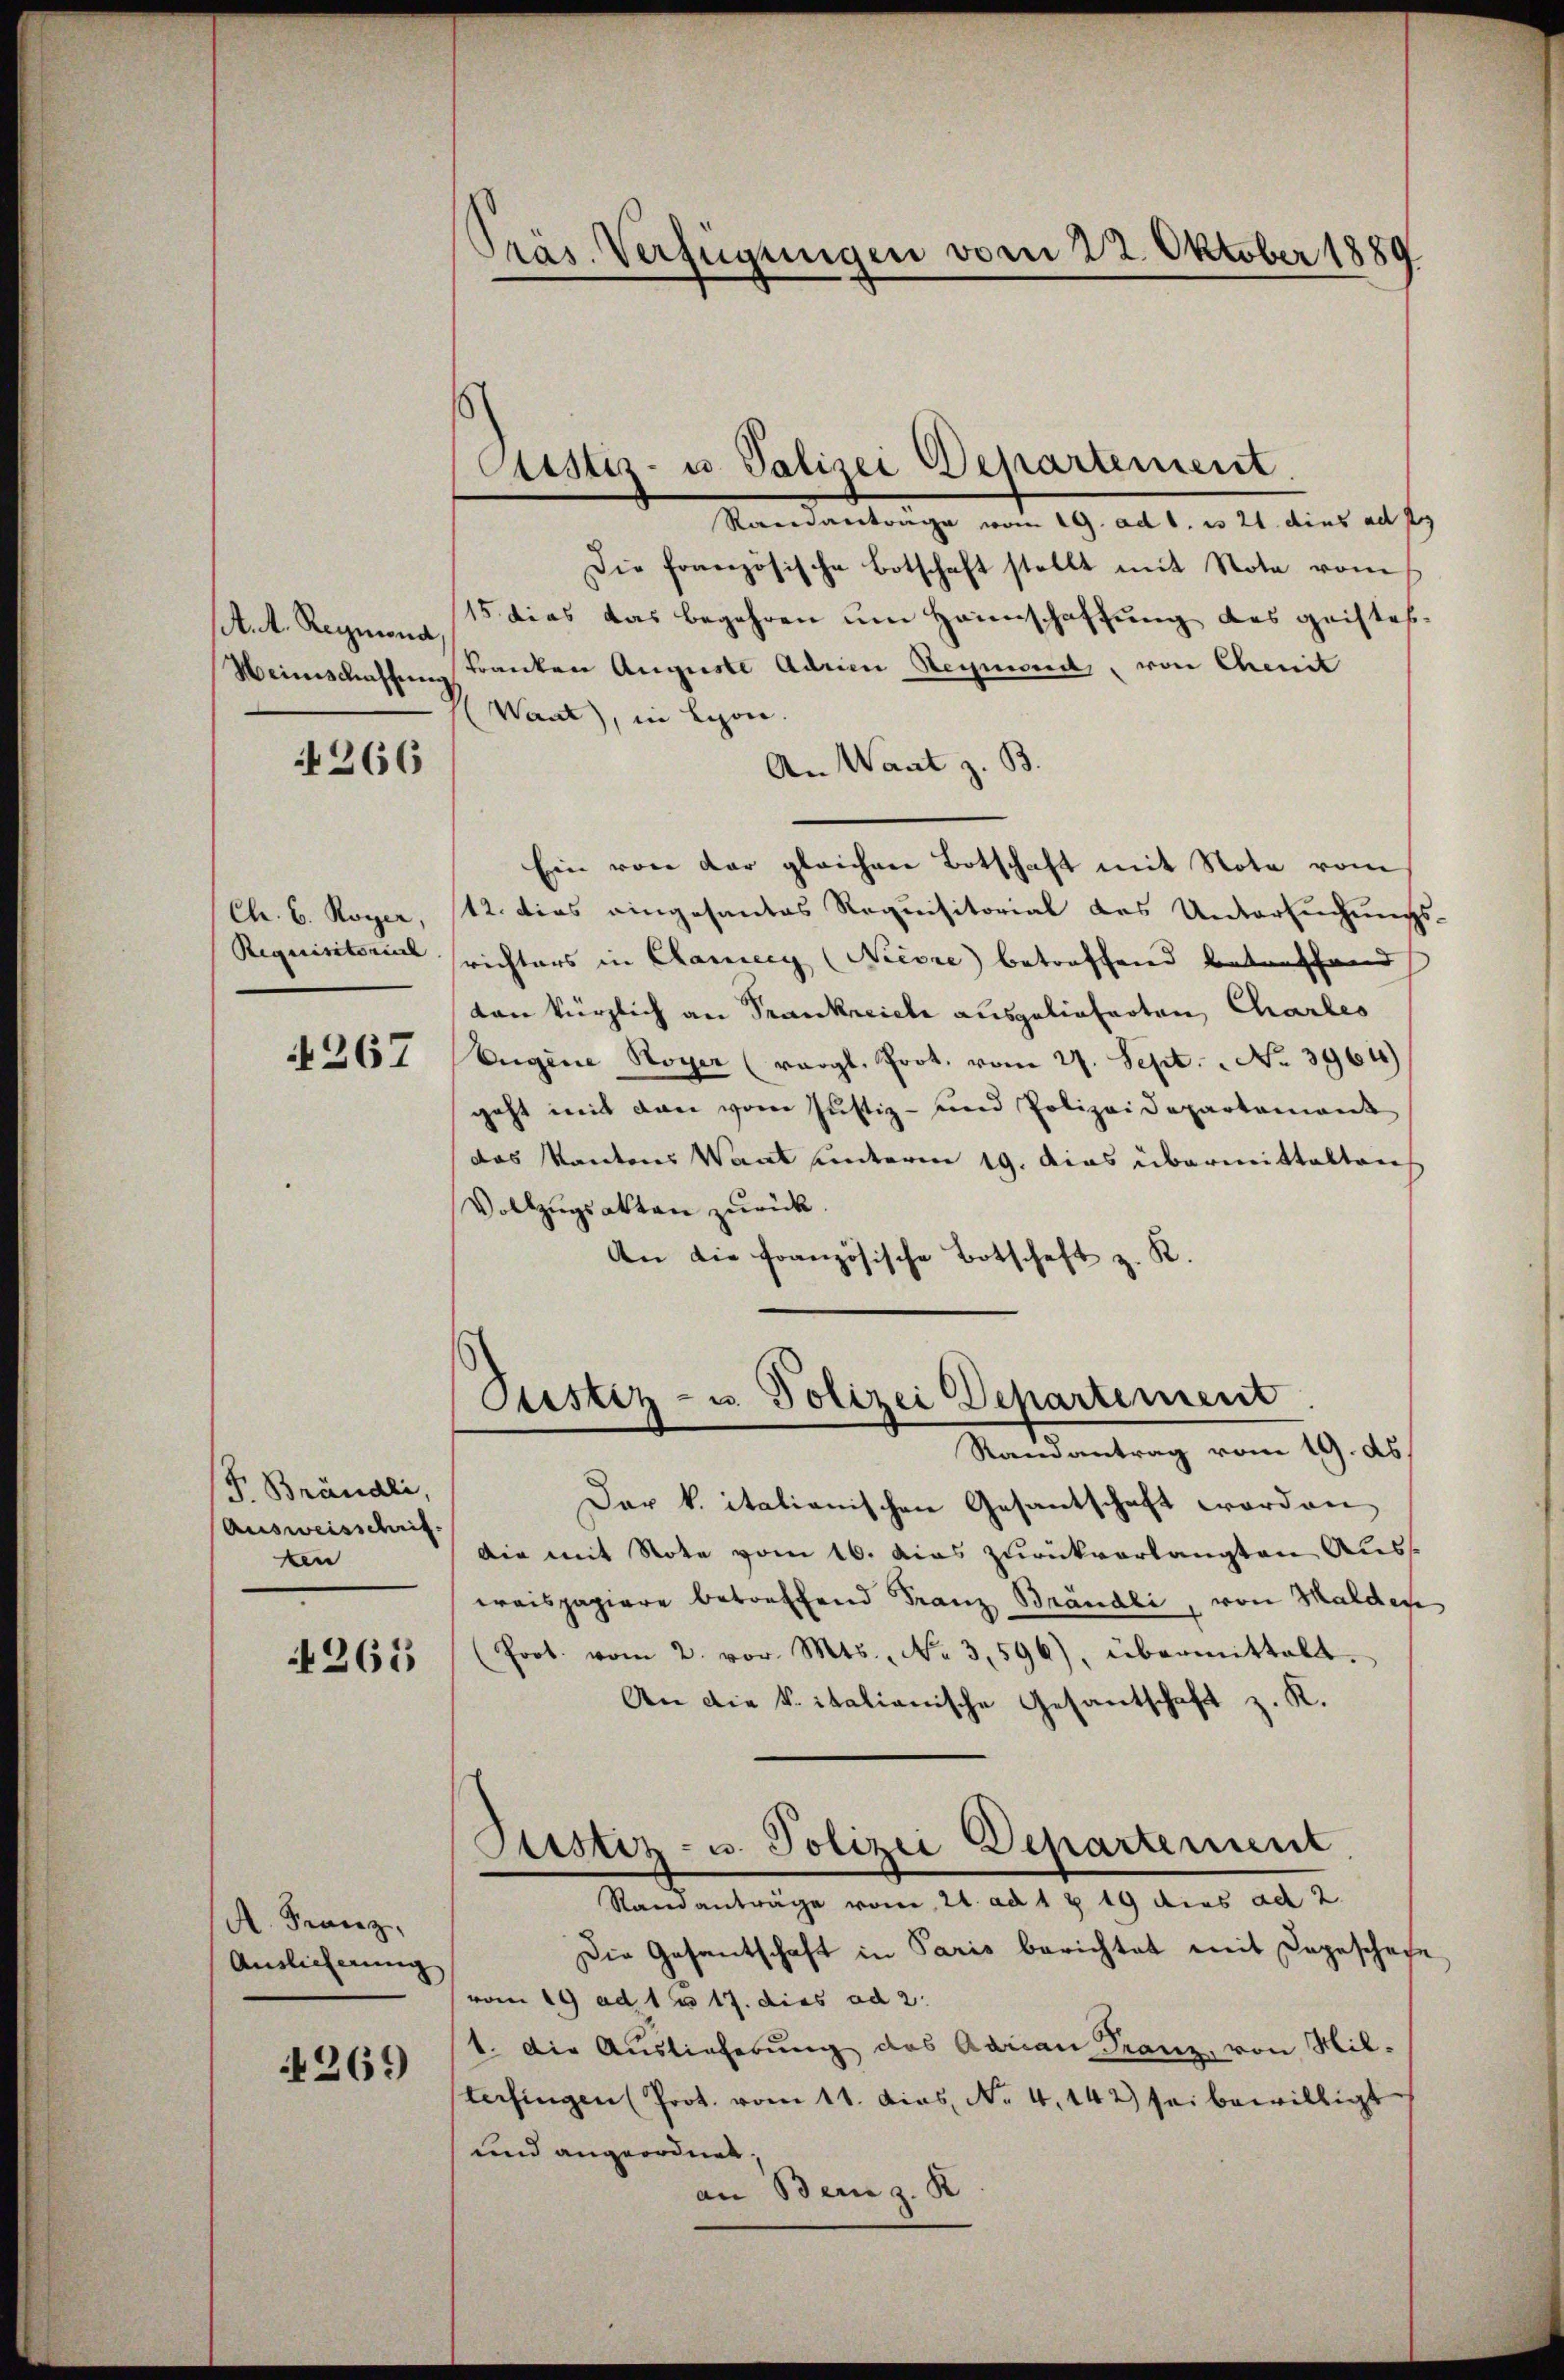
Ant. Reymona
Weinschaffung

266

Ch. B. Royer,
Requisitorial

N267

F. Brändli,
Ausweisschrif
ken

265

A. Franz,
Auslieferung

269

Präs. Verfügungen vom 22. Oktober 1889

Ramantrage vom 19. ad 1. es 21. dies ad 1.
Die französische Botschaft stellt mit Note vom
15 dies das begehren um Heimschaffung des geistes¬
Franken Auguste Adrien Heymond, von Chenit
Want), in Lyon.
An Want z. B.
Ein von der gleichen Botschaft mit Note vom
12. dies eingesantes Requisitorial des Untersuchungs
richters in Cameeg (Niesse) betreffend betreffend
ton kürzlich an Frankreiche ausgelieferten Charles
Eugene Royer (vergl. Prot. vom 27. Sept. No. 3964)
geht mit den vom Justiz- und Polizeidepartement
das Kantons Waat unterm 19. Das übermittalten
Vollzŭgsakten zŭrück.
An die französische Botschaft z. R.
Justiz- u. Polizei Departement
Ramantrag vom 19. ds.
Der k. italienischen Gesantschaft worden,
Die mit Note vom 16. das zurückverlangten Auss
wraispapiere betreffend Franz Brändli, von Halden
Prot. vom 2. vor. Mts., No 3,596), übermittelt.
An die k. italianische Gesantschaft z. K.
Justiz- u. Polizei Departement.
Standanträge vom 21. ad 1 § 19 dies ad 2.
Die Gesantschaft in Paris berichtet mit Dageschehe
vom 19 ad 1 u 17. dies ad 2.
1. Die Auslieferung des Adrian Franz, von Mil-
terfingen (Prot. vom 11. Das No. 4. 142) sei bewilligt
und angeordnet,
an Bern z. R

Custiz- u Palizei Departement